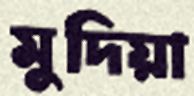
মুদিয়া